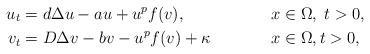
LaTeX: \begin{align*}u_t &= d \Delta u -au +u^pf(v),& &x\in \Omega, \;t>0, && \\v_t &= D \Delta v-bv - u^pf(v)+\kappa& &x\in \Omega, t>0,&&\end{align*}